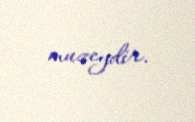
muzeydir.